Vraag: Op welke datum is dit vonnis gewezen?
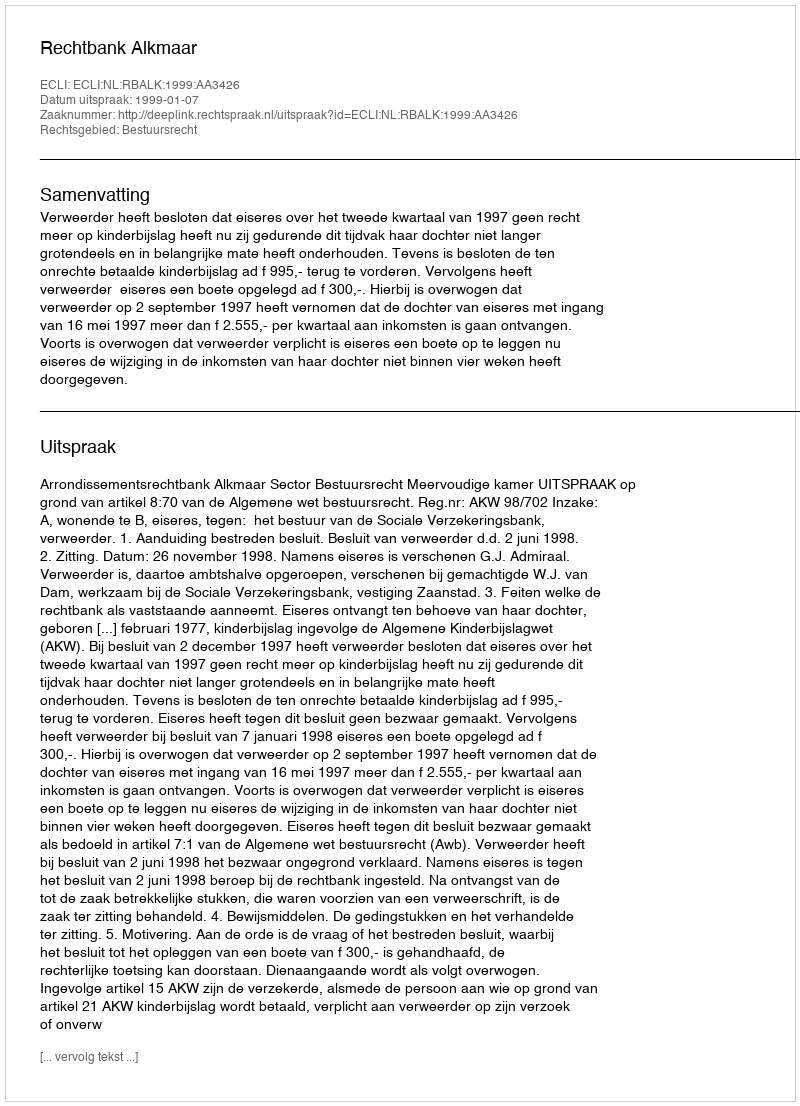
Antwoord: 1999-01-07